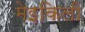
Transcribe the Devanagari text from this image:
मेइकिली